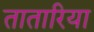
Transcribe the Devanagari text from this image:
तातारिया